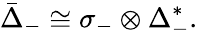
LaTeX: {\bar{\Delta}}_{-}\cong\sigma_{-}\otimes\Delta_{-}^{*}.